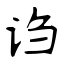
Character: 诌